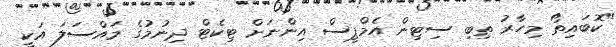
"ކޮބައިތޯ މިހާރު ތިބި ސިޓިން އެމްޕީސް އިންނަށް ޓިކެޓް ދިނުމުގެ މައްސަލަ އަކީ